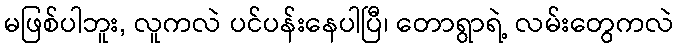
မဖြစ်ပါဘူး, လူကလဲ ပင်ပန်းနေပါပြီ၊ တောရွာရဲ့ လမ်းတွေကလဲ